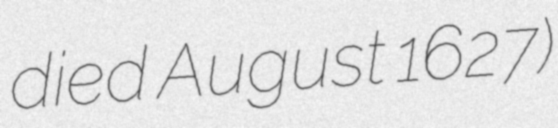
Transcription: died August 1627)